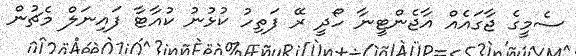
ސެމީގެ ޖާގައެއް އާޖެންޓީނާ ހޯދީ ރޭ ފަތިހު ކުޅުނު ކުއާޓާ ފައިނަލް މެޗުން